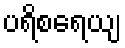
ပရိစရေယျ